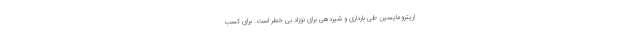
اریترومایسین طی بارداری و شیردهی برای نوزاد بی خطر است. برای کسب